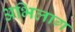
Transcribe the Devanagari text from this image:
अभिलाग